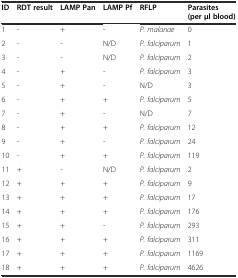
<table><thead><tr><td><b>ID</b></td><td><b>RDT result</b></td><td><b>LAMP Pan</b></td><td><b>LAMP Pf</b></td><td><b>RFLP</b></td><td><b>Parasites (per μl blood)</b></td></tr></thead><tbody><tr><td>1</td><td>-</td><td>+</td><td>-</td><td><i>P. malariae</i></td><td>0</td></tr><tr><td>2</td><td>-</td><td>-</td><td>N/D</td><td><i>P. falciparum</i></td><td>1</td></tr><tr><td>3</td><td>-</td><td>-</td><td>N/D</td><td><i>P. falciparum</i></td><td>2</td></tr><tr><td>4</td><td>-</td><td>+</td><td>-</td><td><i>P. falciparum</i></td><td>3</td></tr><tr><td>5</td><td>-</td><td>+</td><td>-</td><td>N/D</td><td>3</td></tr><tr><td>6</td><td>-</td><td>+</td><td>+</td><td><i>P. falciparum</i></td><td>5</td></tr><tr><td>7</td><td>-</td><td>+</td><td>-</td><td>N/D</td><td>7</td></tr><tr><td>8</td><td>-</td><td>+</td><td>+</td><td><i>P. falciparum</i></td><td>12</td></tr><tr><td>9</td><td>-</td><td>+</td><td>-</td><td><i>P. falciparum</i></td><td>24</td></tr><tr><td>10</td><td>-</td><td>+</td><td>+</td><td><i>P. falciparum</i></td><td>119</td></tr><tr><td>11</td><td>+</td><td>-</td><td>N/D</td><td><i>P. falciparum</i></td><td>2</td></tr><tr><td>12</td><td>+</td><td>+</td><td>+</td><td><i>P. falciparum</i></td><td>9</td></tr><tr><td>13</td><td>+</td><td>+</td><td>+</td><td><i>P. falciparum</i></td><td>17</td></tr><tr><td>14</td><td>+</td><td>+</td><td>+</td><td><i>P. falciparum</i></td><td>176</td></tr><tr><td>15</td><td>+</td><td>+</td><td>-</td><td><i>P. falciparum</i></td><td>293</td></tr><tr><td>16</td><td>+</td><td>+</td><td>+</td><td><i>P. falciparum</i></td><td>311</td></tr><tr><td>17</td><td>+</td><td>+</td><td>+</td><td><i>P. falciparum</i></td><td>1169</td></tr><tr><td>18</td><td>+</td><td>+</td><td>+</td><td><i>P. falciparum</i></td><td>4626</td></tr></tbody></table>